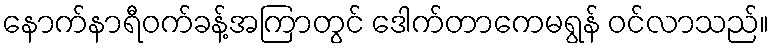
နောက်နာရီဝက်ခန့်အကြာတွင် ဒေါက်တာကေမရွန် ဝင်လာသည်။